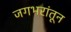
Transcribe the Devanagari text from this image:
जगभरांतून